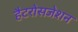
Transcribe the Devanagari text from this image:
हैटरोसजेशन